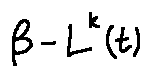
\beta - L ^ { k } ( t )